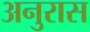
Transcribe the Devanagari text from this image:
अनुरास